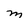
Character: M